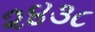
૨૪૩૮